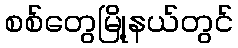
စစ်တွေမြို့နယ်တွင်